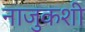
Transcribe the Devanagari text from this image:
नाजुकशी